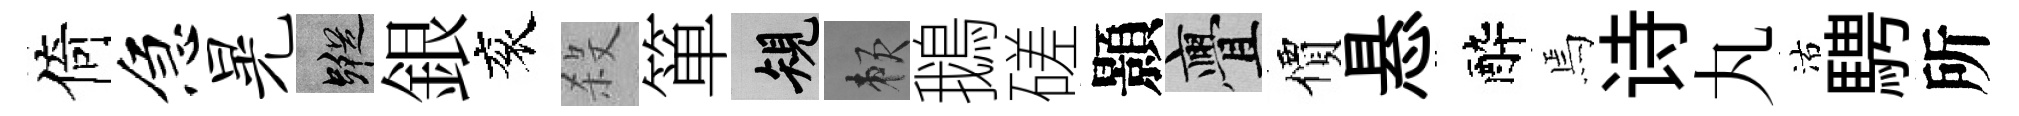
倚急晃蹤銀衮殺箪規賴鵝磋顥亹價悬醉焉诗丸沽騁所